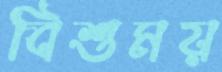
বিশুময়